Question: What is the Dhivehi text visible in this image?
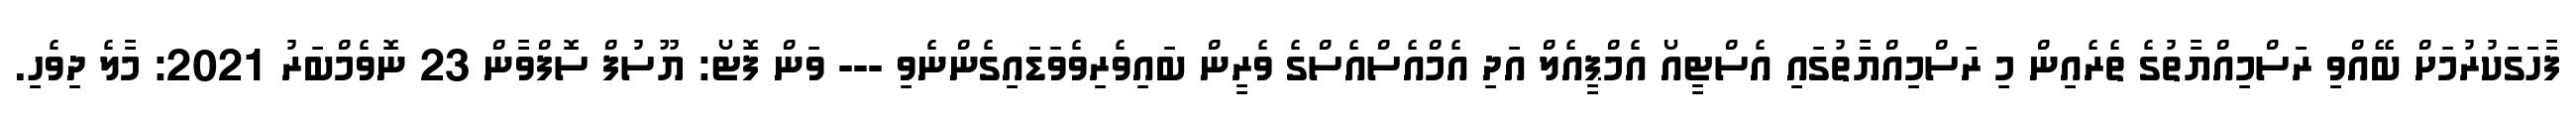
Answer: ފާހަގަކުރުމަށް ބޭއްވި ރަސްމިއްޔާތުގެ ތެރެއިން މި ރަސްމިއްޔާތުގައި އެސްޓީއޯ އެމްޕީއެލް އަދި އެމްއެސްއެސްގެ ވެރީން ބައިވެރިވެވަޑައިގެންނެވި --- ވަން ފޮޓޯ: ޔޫސުފް ސޮފްވާން 23 ނޮވެމްބަރު 2021: މާލެ ދިވެހި.